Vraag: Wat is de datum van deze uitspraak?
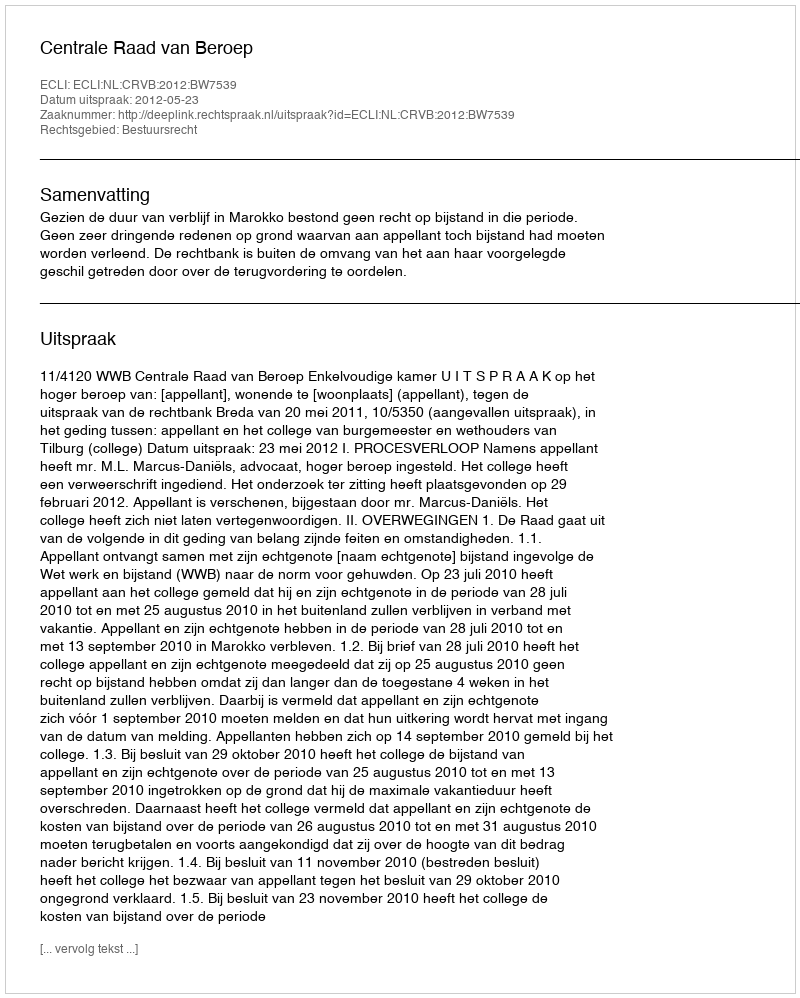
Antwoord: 2012-05-23